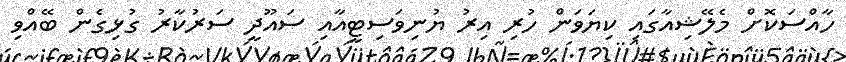
ހާއްސަކޮށް މެލޭޝިއާގައި ކިޔަވަން ހުރި އިރު ޔުނިވަސިޓީއާއި ސައޫދީ ސަރުކާރު ގުޅިގެން ބޭއްވި